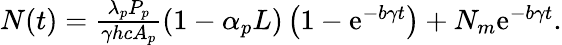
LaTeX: \begin{array}{r}{N(t)=\frac{\lambda_{p}P_{p}}{\gamma hcA_{p}}\left(1-\alpha_{p}L\right)\left(1-\textnormal{e}^{-b\gamma t}\right)+N_{m}\textnormal{e}^{-b\gamma t}.}\end{array}